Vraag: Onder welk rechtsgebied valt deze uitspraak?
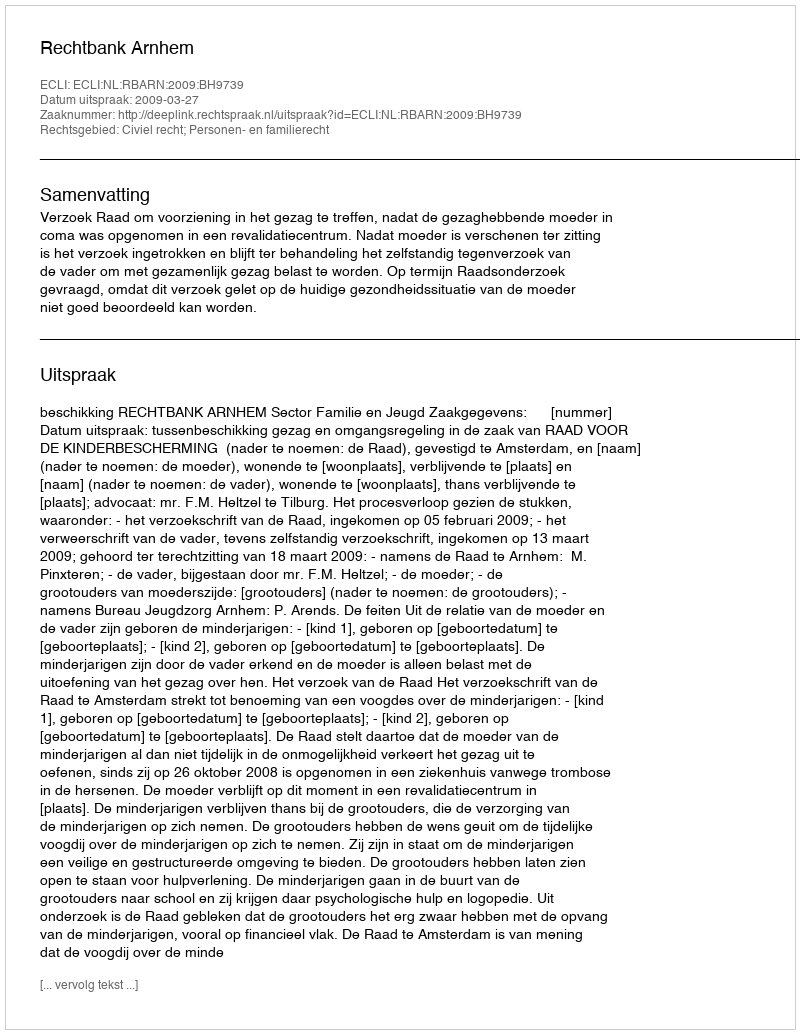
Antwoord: Civiel recht; Personen- en familierecht